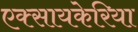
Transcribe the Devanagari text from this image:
एक्सायकेरिया